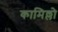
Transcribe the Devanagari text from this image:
कामिल्लो